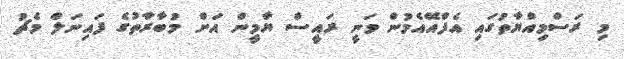
މި ރަސްމިއްޔާތުގައި އެފްއޭއެމުން ވަނީ ރައީސް ޔާމީން އަށް މުބާރާތުގެ ފައިނަލް މެޗު